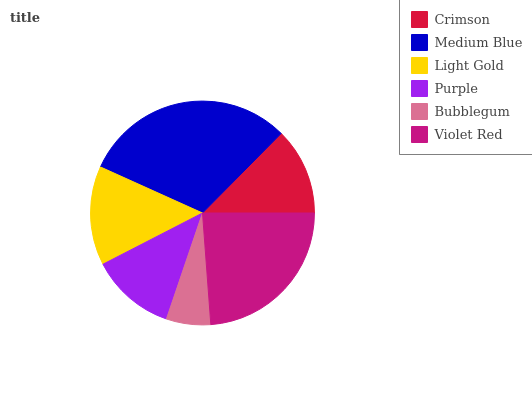
| Crimson | Medium Blue | Light Gold | Purple | Bubblegum | Violet Red |
 | --- | --- | --- | --- | --- | --- |
 | 12.6% | 30.7% | 14.3% | 12.2% | 6.39% | 23.8% |